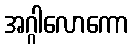
အဂ္ဂါလောကော